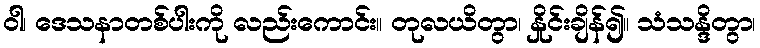
ဝါ၊ ဒေသနာတစ်ပါးကို လည်းကောင်း။ တုလယိတွာ၊ နှိုင်းချိန်၍။ သံသန္ဒိတွာ၊